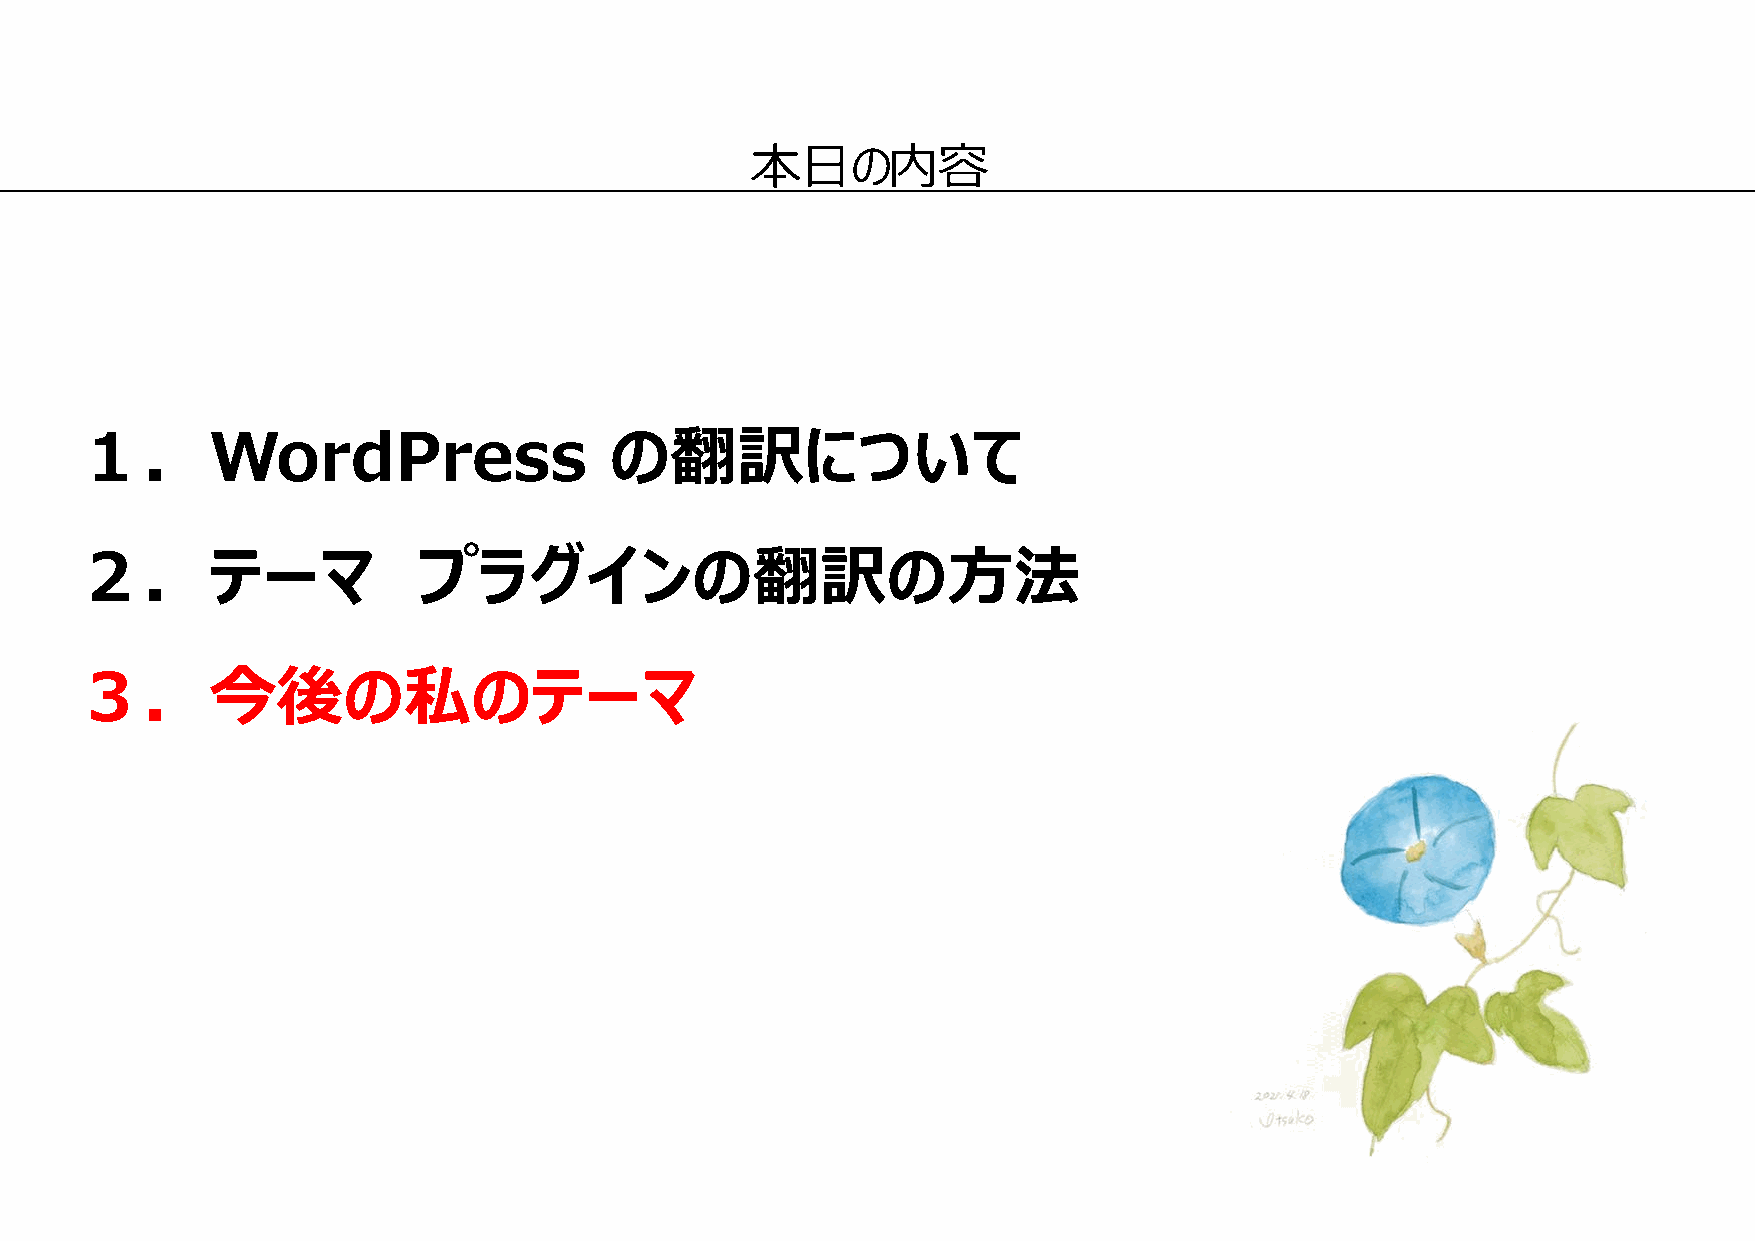
本日の内容
 １．WordPress                        の翻訳について
 ２．テーマ                  プラグインの翻訳の方法
 ３．今後の私のテーマ